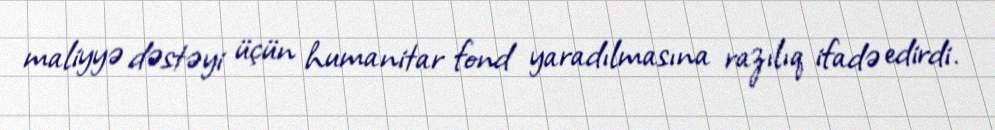
maliyyə dəstəyi üçün humanitar fond yaradılmasına razılıq ifadə edirdi.